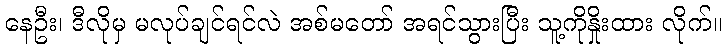
နေဦး၊ ဒီလိုမှ မလုပ်ချင်ရင်လဲ အစ်မတော် အရင်သွားပြီး သူ့ကိုနှိုးထား လိုက်။